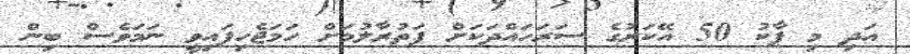
އަދި މި ޕާކު 50 އޭކަރުގެ ސަރަހައްދަކަށް ފަތުރާލުމަށް ހަމަޖެހިފައިވީ ނަމަވެސް ބިން